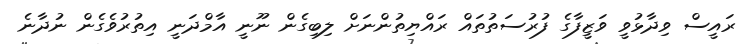
ރައީސް ވިދާޅުވީ ވަޒީފާގެ ފުރުސަތުތައް ރައްޔިތުންނަށް ލިބިގެން ނޫނީ އާމްދަނީ އިތުރުވެގެން ނުދާނެ